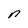
Character: n